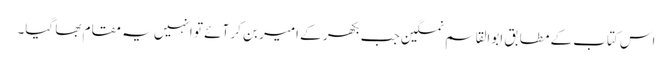
اس کتاب کے مطابق ابوالقاسم نمکین جب بکھر کے امیر بن کر آئے تو انہیں یہ مقام بھا گیا۔